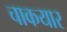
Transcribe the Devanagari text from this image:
चाकयार